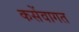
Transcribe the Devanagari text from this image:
कसेंवागत